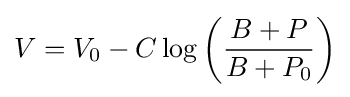
V=V_{0}-C\log \left({\frac {B+P}{B+P_{0}}}\right)